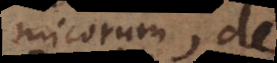
Chymicorum, de